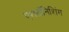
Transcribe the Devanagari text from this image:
एशटॉनिशिंग